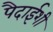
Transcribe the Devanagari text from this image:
पैदाईशी